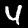
Label: 4